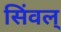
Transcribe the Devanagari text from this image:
सिंवल्